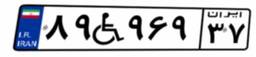
۸۹W۹۶۹۳۷